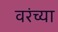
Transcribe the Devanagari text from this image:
वरंच्या